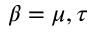
\beta = \mu , \tau